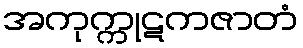
အကုက္ကုဋကဇာတံ